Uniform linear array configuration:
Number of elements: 8
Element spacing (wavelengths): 0.5
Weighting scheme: hamming
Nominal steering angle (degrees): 0
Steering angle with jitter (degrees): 1.573
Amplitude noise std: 0.05
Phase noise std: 0.05

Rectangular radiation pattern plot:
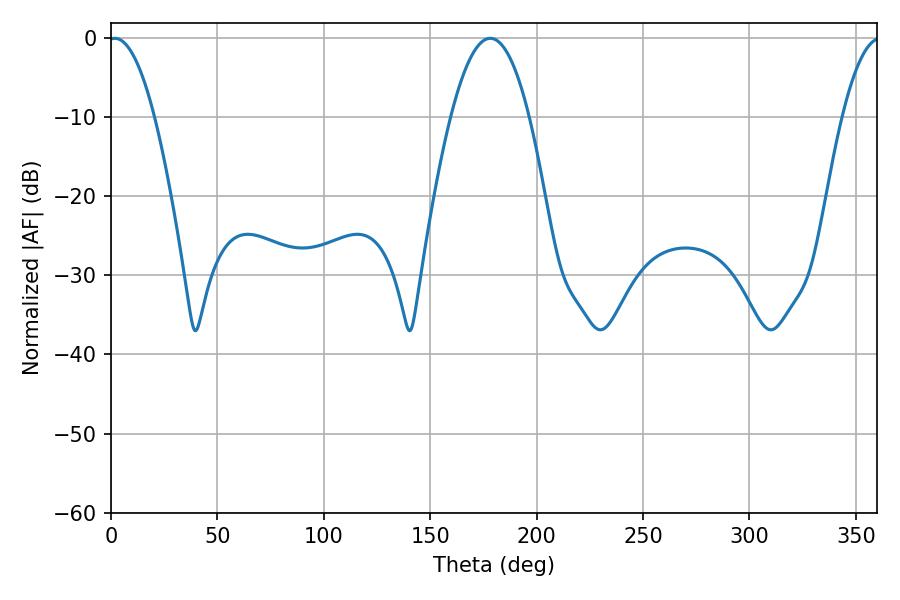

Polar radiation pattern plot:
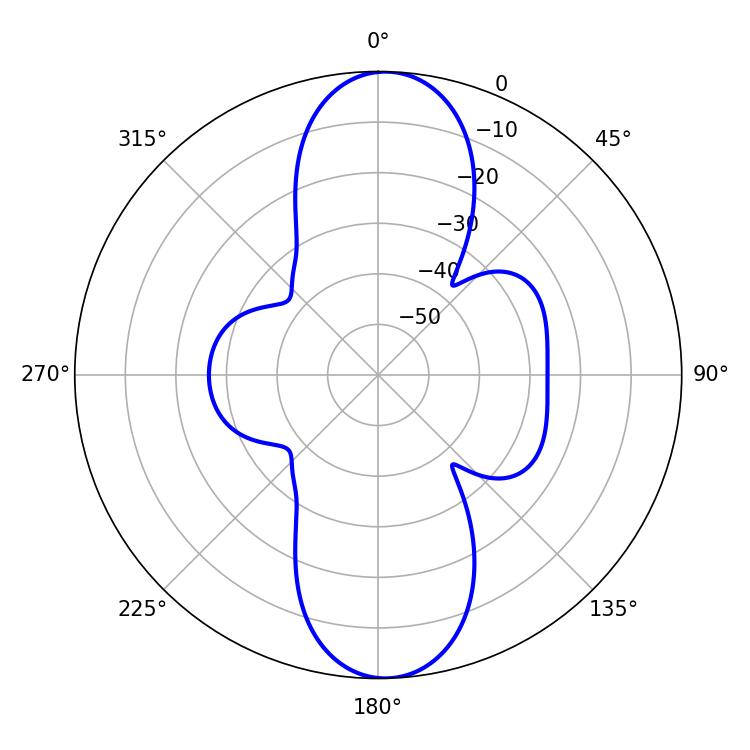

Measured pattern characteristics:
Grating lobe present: FALSE
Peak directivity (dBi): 18.775
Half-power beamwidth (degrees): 11.88
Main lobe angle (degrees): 1.8